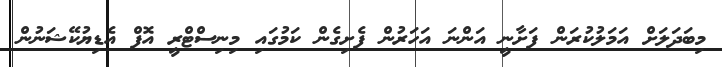
މިބަދަލަށް އަމަލުކުރަން ފަށާނީ އަންނަ އަހަރުން ފެށިގެން ކަމުގައި މިނިސްޓްރީ އޮފް އެޑިޔުކޭޝަނުން